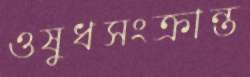
ওষুধসংক্রান্ত